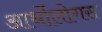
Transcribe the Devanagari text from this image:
आर्थोलोगस